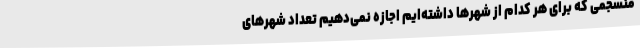
منسجمی که برای هر کدام از شهرها داشته‌ایم اجازه نمی‌دهیم تعداد شهرهای